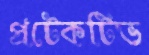
প্রটেকটিভ